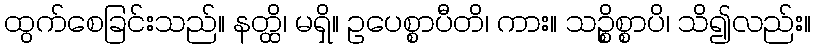
ထွက်စေခြင်းသည်။ နတ္ထိ၊ မရှိ။ ဥပေစ္စာပီတိ၊ ကား။ သဉ္စိစ္စာပိ၊ သိ၍လည်း။